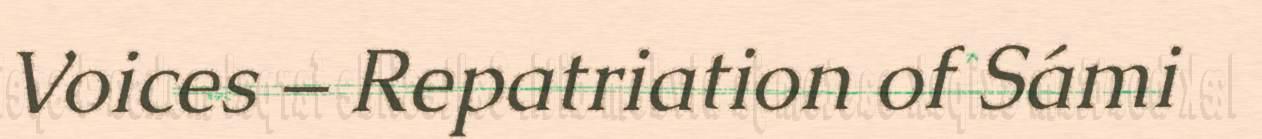
Voices – Repatriation of Sámi